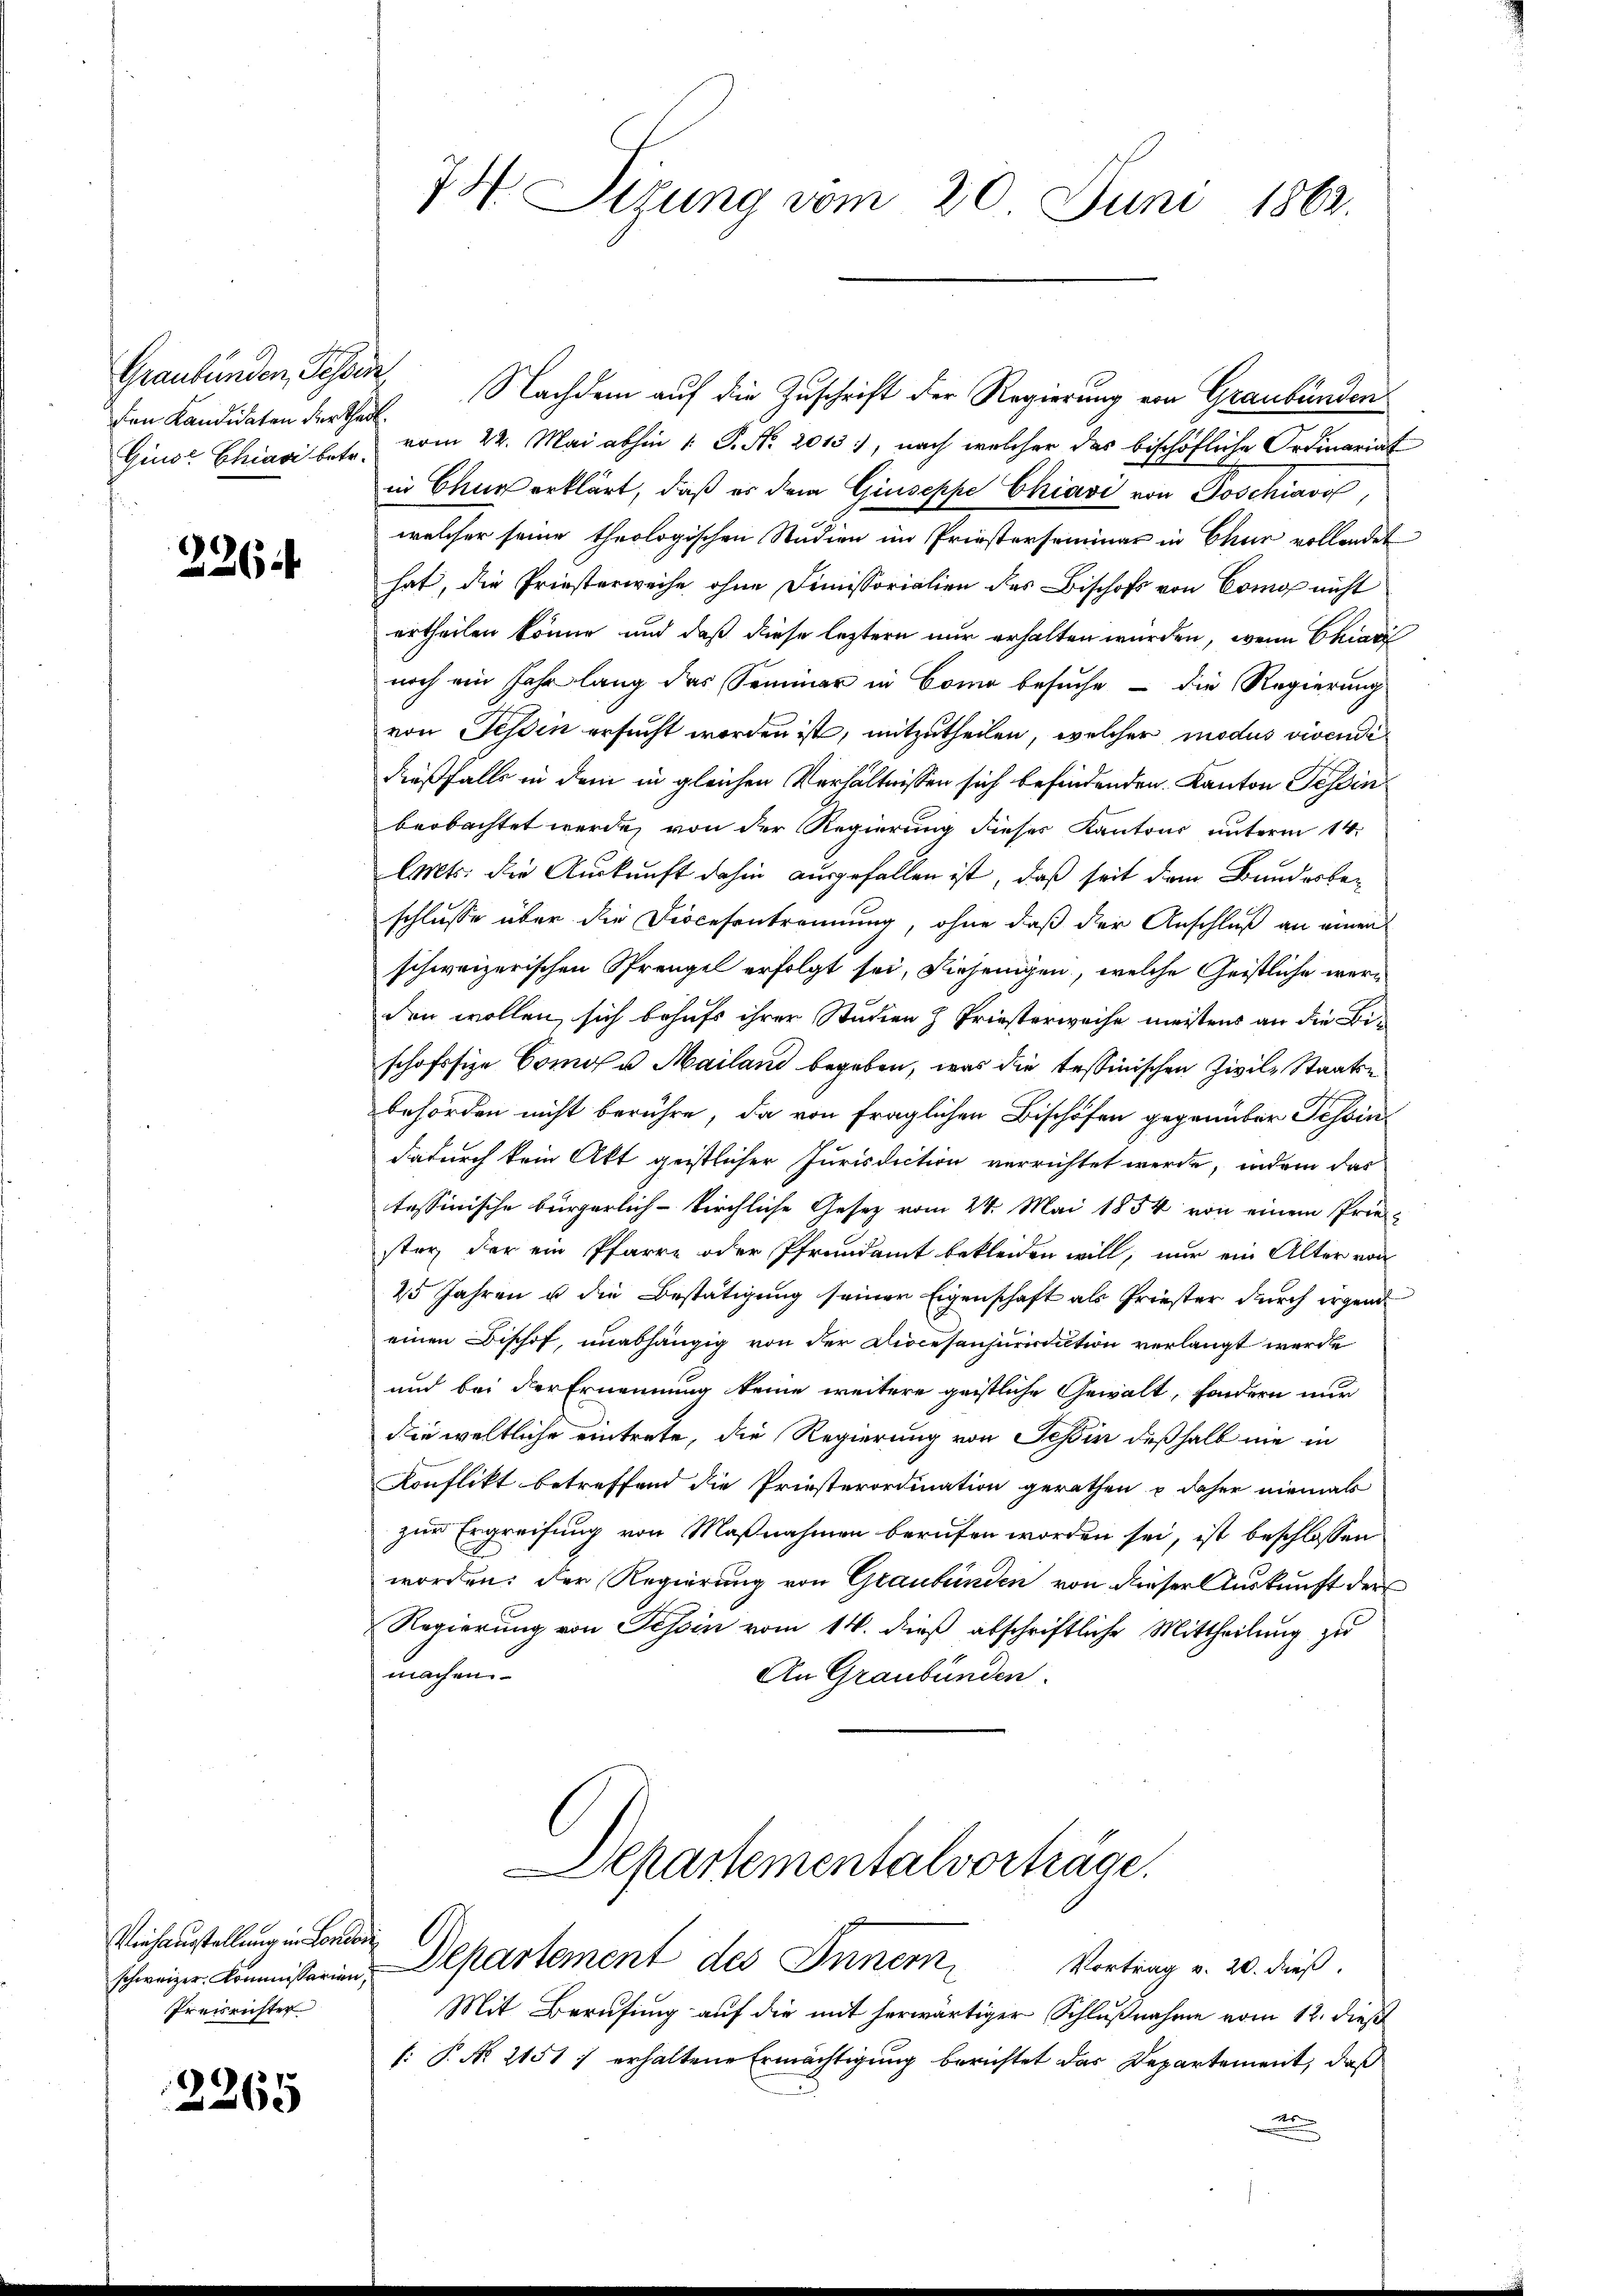
Graubünden, Gese
den Kandidaten der Theil

226

Viehausstellung in Concore
schweizer. Kommissarien,
Preisrichter

2265

7H Sizung vom 20. Juni 1863.

Nachdem auf die Zuschrift der Regierung von Graubünden
Ginor Chiavi betr. vom 22. Mai abhin 1 S. Nr. 2013), nach welcher das bischöfliche Ordinariat
in Chur erklärt, daß es dem Giuseppe Chiavi von Doschiavo,
welcher seine theologischen Studien im Priesterseminar in Chur vollendet
hat, die Priesterweise ohne Dimissorialien des Bischofs von Como nicht
urtheilen könne und daß diese leztern nur erhalten wurden, wenn Chiari
noch ein Jahr lang das Semmer in Como besuche - die Regierung
von Tessin ersucht worden ist, mitzutheilen, welcher modus vivende
dießfalls in dem in gleichen Verhältnissen sich befindenden Kanton Tessin
beobachtet werde, von der Regierung dieses Kantons unterm 14.
lts. die Auskunft dahin ausgefallen ist, daß seit dem Bundesbeschlusse über die Diocesantrennung, ohne daß der Anschluß an einen
schweizerischen Sprengel erfolgt sei, diejenigen, welche Geistliche werden wollen sich behufs ihrer Studien & Priesterweise meistens an die Bischofofize Como u Mailand begeben, was die tessinischen Zivile Staatse
behörden nicht berühre, da von fraglichen Bischöfen gegenüber Tessin
dadurch kein Akt geistlicher Jurisdiction verrichtet werde, indem das
tessinische bürgerlich-kirchliche Gesetz vom 24. Mai 1854 von einem Priestey der ein Pfarre oder Pfrundamt bekleiden will, nur ein Alter von
25 Jahren u die Bestätigung seiner Eigenschaft als Griester durch irgend
einen Bischof, unabhängig von der Diocesanjurisdution verlangt werde
und bei der Ernennung keine weitere geistliche Gewalt, sondern nur
die weltliche eintrete, die Regierung von Tessin deßhalb nie in
Konflikt betreffend die Priesterordination gerathen u daher niemals
zur Ergreifung von Maßnahmen berufen worden sei, ist beschlossen
worden; der Regierung von Graubünden von dieser Auskunft der
Regierung von Tessin vom 14. dieß abschriftliche Mittheilung zu
machen.
An Graubünden.
Departementalvorträge.

Departement des Inner Vortrag v. 20. dieß.

Mit Berufung auf die mit herwärtiger Schlußnahme vom 12. dieß
: P. No 21511 erhaltene Ermächtigung berichtet das Departement, daß
r